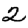
Digit: 2